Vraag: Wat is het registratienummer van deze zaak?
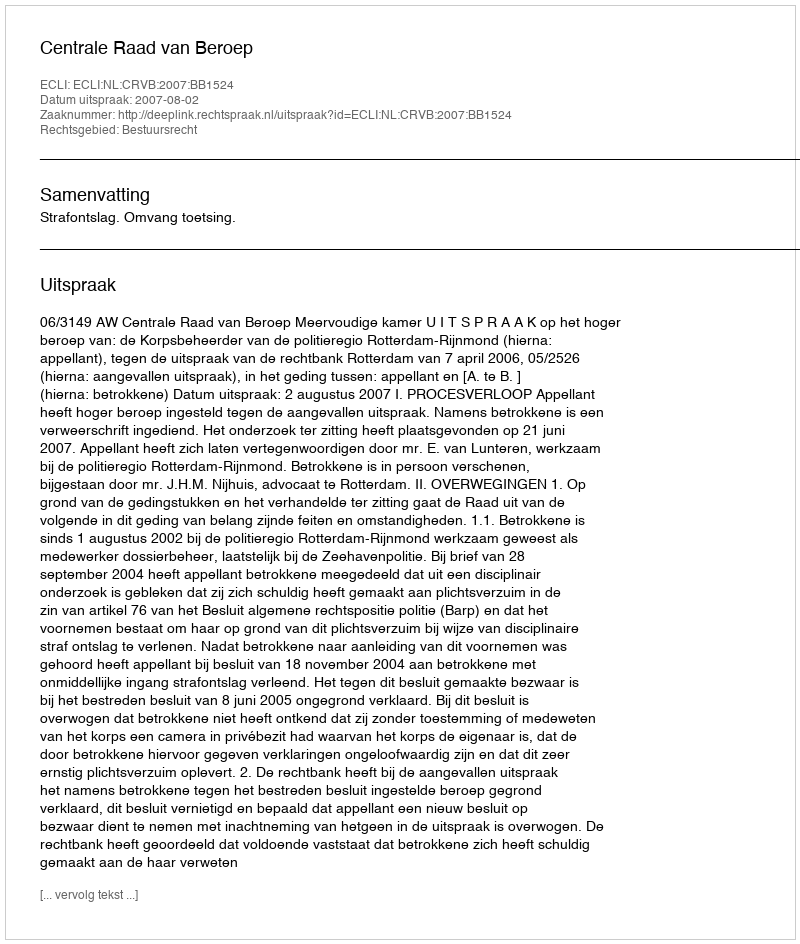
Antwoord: http://deeplink.rechtspraak.nl/uitspraak?id=ECLI:NL:CRVB:2007:BB1524